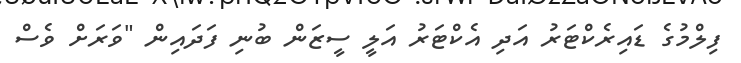
ފިލްމުގެ ޑައިރެކްޓަރު އަދި އެކްޓަރު އަލީ ސީޒަން ބުނި ފަދައިން "ވަރަށް ވެސް